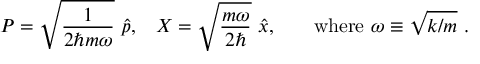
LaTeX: { P } = { \sqrt { \frac { 1 } { 2 \hbar m \omega } } } \ { \hat { p } } { \mathrm { , } } \quad { X } = { \sqrt { \frac { m \omega } { 2 \hbar } } } \ { \hat { x } } { \mathrm { , } } \quad \quad { \mathrm { w h e r e ~ } } \omega \equiv { \sqrt { k / m } } ~ .